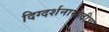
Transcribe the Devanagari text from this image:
दिग्दर्शनासाठीचा